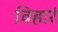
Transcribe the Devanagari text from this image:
विहारं